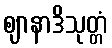
ဈာနာဒိသုတ္တံ